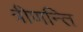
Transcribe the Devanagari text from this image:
त्रीणन्ति